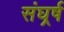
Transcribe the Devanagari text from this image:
संघर्र्ष